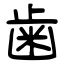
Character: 歯